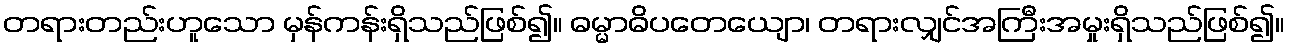
တရားတည်းဟူသော မှန်ကန်းရှိသည်ဖြစ်၍။ ဓမ္မာဓိပတေယျော၊ တရားလျှင်အကြီးအမှုးရှိသည်ဖြစ်၍။